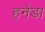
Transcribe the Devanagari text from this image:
हनेडा